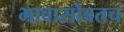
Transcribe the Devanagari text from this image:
भावासोबतच